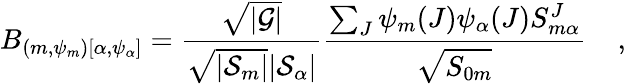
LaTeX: B_{(m,\psi_{m})[\alpha,\psi_{\alpha}]}={\frac{\sqrt{|\cal G|}}{\sqrt{|{\cal S}_{m}|}|{\cal S}_{\alpha}|}}{\frac{\sum_{J}\psi_{m}(J)\psi_{\alpha}(J){S}_{m\alpha}^{J}}{\sqrt{{S}_{0m}}}}\; \; \; \; ,